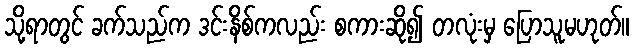
သို့ရာတွင် ခက်သည်က ဒင်းနိစ်ကလည်း စကားဆို၍ တလုံးမှ ပြောသူမဟုတ်။